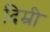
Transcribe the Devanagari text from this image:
दिम्री